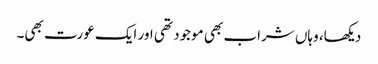
دیکھا، وہاں شراب بھی موجود تھی اور ایک عورت بھی۔